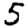
Digit: 5